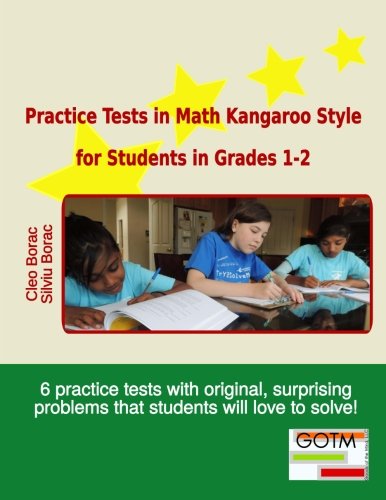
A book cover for Practice Tests in Math Kangaroo Style for Students in Grades 1-2 (Math Challenges for Gifted Students) (Volume 1); Cleo Borac; Science & Math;